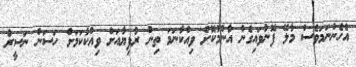
އެހެންނަމަވެސް މާލޭ ފޮނުވައިގެން އާންމުކޮށް ވިއްކާނަމަ ތިން ރުފިޔާއަށް ވިއްކާކަމަށް ހަސަން ނަސީރު